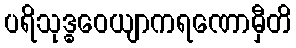
ပရိသုဒ္ဓဝေယျာကရဏောမှီတိ